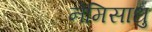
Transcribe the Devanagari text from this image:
नेमिसाधु